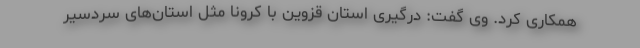
همکاری کرد. وی گفت: درگیری استان قزوین با کرونا مثل استان‌های سردسیر